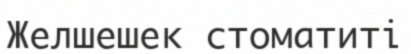
Желшешек стоматиті